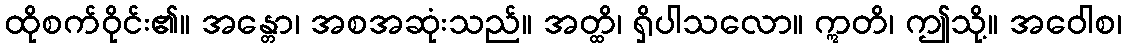
ထိုစက်ဝိုင်း၏။ အန္တော၊ အစအဆုံးသည်။ အတ္ထိ၊ ရှိပါသလော။ ဣတိ၊ ဤသို့။ အဝေါစ၊